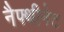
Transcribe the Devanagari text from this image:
नैफ्थीनेट